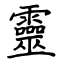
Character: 靈